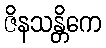
ဇိနသန္တိကေ